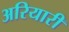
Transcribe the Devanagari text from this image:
अरियारी